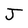
Character: J